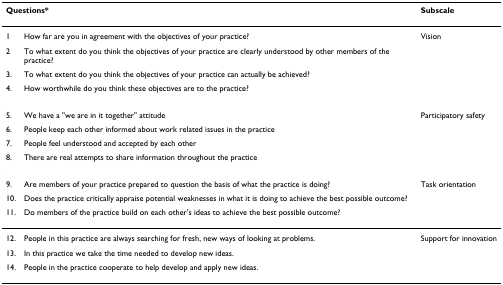
<table><thead><tr><td colspan="2"><b>Questions*</b></td><td><b>Subscale</b></td></tr></thead><tbody><tr><td>1</td><td>How far are you in agreement with the objectives of your practice?</td><td>Vision</td></tr><tr><td>2</td><td>To what extent do you think the objectives of your practice are clearly understood by other members of the practice?</td><td></td></tr><tr><td>3.</td><td>To what extent do you think the objectives of your practice can actually be achieved?</td><td></td></tr><tr><td>4.</td><td>How worthwhile do you think these objectives are to the practice?</td><td></td></tr><tr><td>5.</td><td>We have a &quot;we are in it together&quot; attitude</td><td>Participatory safety</td></tr><tr><td>6.</td><td>People keep each other informed about work related issues in the practice</td><td></td></tr><tr><td>7.</td><td>People feel understood and accepted by each other</td><td></td></tr><tr><td>8.</td><td>There are real attempts to share information throughout the practice</td><td></td></tr><tr><td>9.</td><td>Are members of your practice prepared to question the basis of what the practice is doing?</td><td>Task orientation</td></tr><tr><td>10.</td><td>Does the practice critically appraise potential weaknesses in what it is doing to achieve the best possible outcome?</td><td></td></tr><tr><td>11.</td><td>Do members of the practice build on each other&#x27;s ideas to achieve the best possible outcome?</td><td></td></tr><tr><td>12.</td><td>People in this practice are always searching for fresh, new ways of looking at problems.</td><td>Support for innovation</td></tr><tr><td>13.</td><td>In this practice we take the time needed to develop new ideas.</td><td></td></tr><tr><td>14.</td><td>People in the practice cooperate to help develop and apply new ideas.</td><td></td></tr></tbody></table>